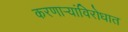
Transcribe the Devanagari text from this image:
करणार्‍यांविरोधात